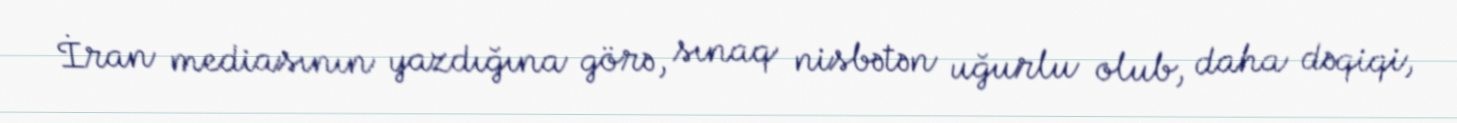
İran mediasının yazdığına görə, sınaq nisbətən uğurlu olub, daha dəqiqi,